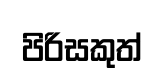
පිරිසකුත්